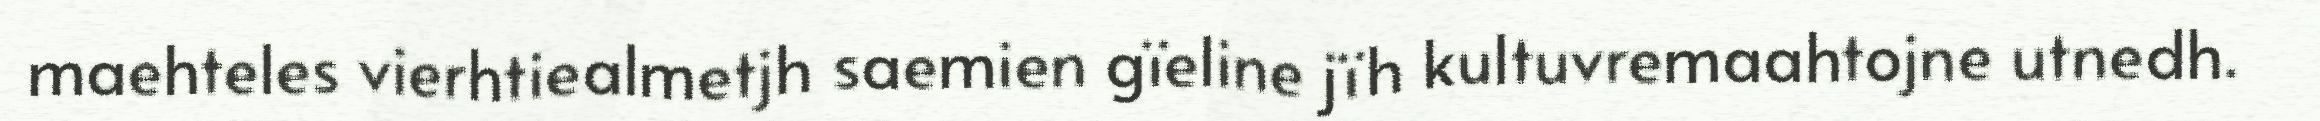
maehteles vierhtiealmetjh saemien gïeline jïh kultuvremaahtojne utnedh.